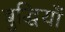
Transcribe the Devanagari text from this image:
बुद्धियाँ